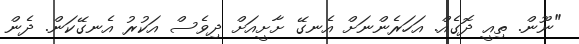
"ނޫން. ތިއީ ދޮގެއް. އަހަރެންނަށް އެނގޭ ށާށީއަށް ދިވެސް އަކުރު އެނގޭކަން. ދެން